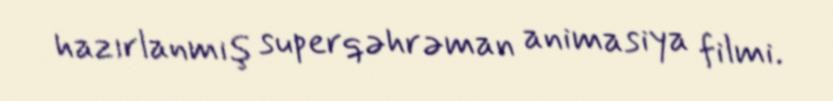
hazırlanmış superqəhrəman animasiya filmi.